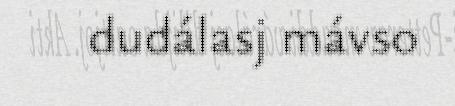
dudálasj mávso